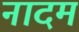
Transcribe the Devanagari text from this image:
नादम